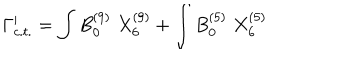
LaTeX: \Gamma _ { c . t . } ^ { \prime } = \int B _ { 0 } ^ { ( 9 ) } \; X _ { 6 } ^ { ( 9 ) } + \int B _ { 0 } ^ { ( 5 ) } \; X _ { 6 } ^ { ( 5 ) }